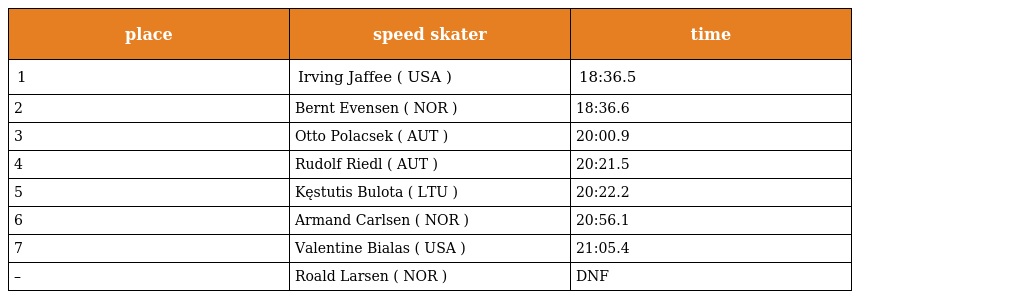
| place | speed skater | time |
 | --- | --- | --- |
 | 1 | Irving Jaffee ( USA ) | 18:36.5 |
 | 2 | Bernt Evensen ( NOR ) | 18:36.6 |
 | 3 | Otto Polacsek ( AUT ) | 20:00.9 |
 | 4 | Rudolf Riedl ( AUT ) | 20:21.5 |
 | 5 | Kęstutis Bulota ( LTU ) | 20:22.2 |
 | 6 | Armand Carlsen ( NOR ) | 20:56.1 |
 | 7 | Valentine Bialas ( USA ) | 21:05.4 |
 | – | Roald Larsen ( NOR ) | DNF |